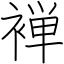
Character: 褝